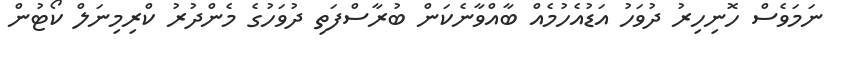
ނަމަވެސް ހޮނިހިރު ދުވަހު އަޑުއެހުމެއް ބާއްވާނެކަން ބުރާސްފަތި ދުވަހުގެ މެންދުރު ކްރިމިނަލް ކޯޓުން